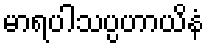
မာရပါသပ္ပဟာယိနံ